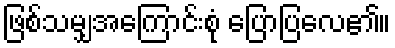
ဖြစ်သမျှအကြောင်းစုံ ပြောပြလေ၏။